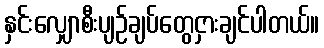
နှင်းလျှောစီးပျဉ်ချပ်တွေငှားချင်ပါတယ်။